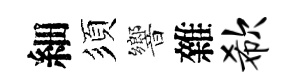
細須響雜欷